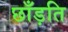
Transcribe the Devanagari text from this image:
छाँड़ति